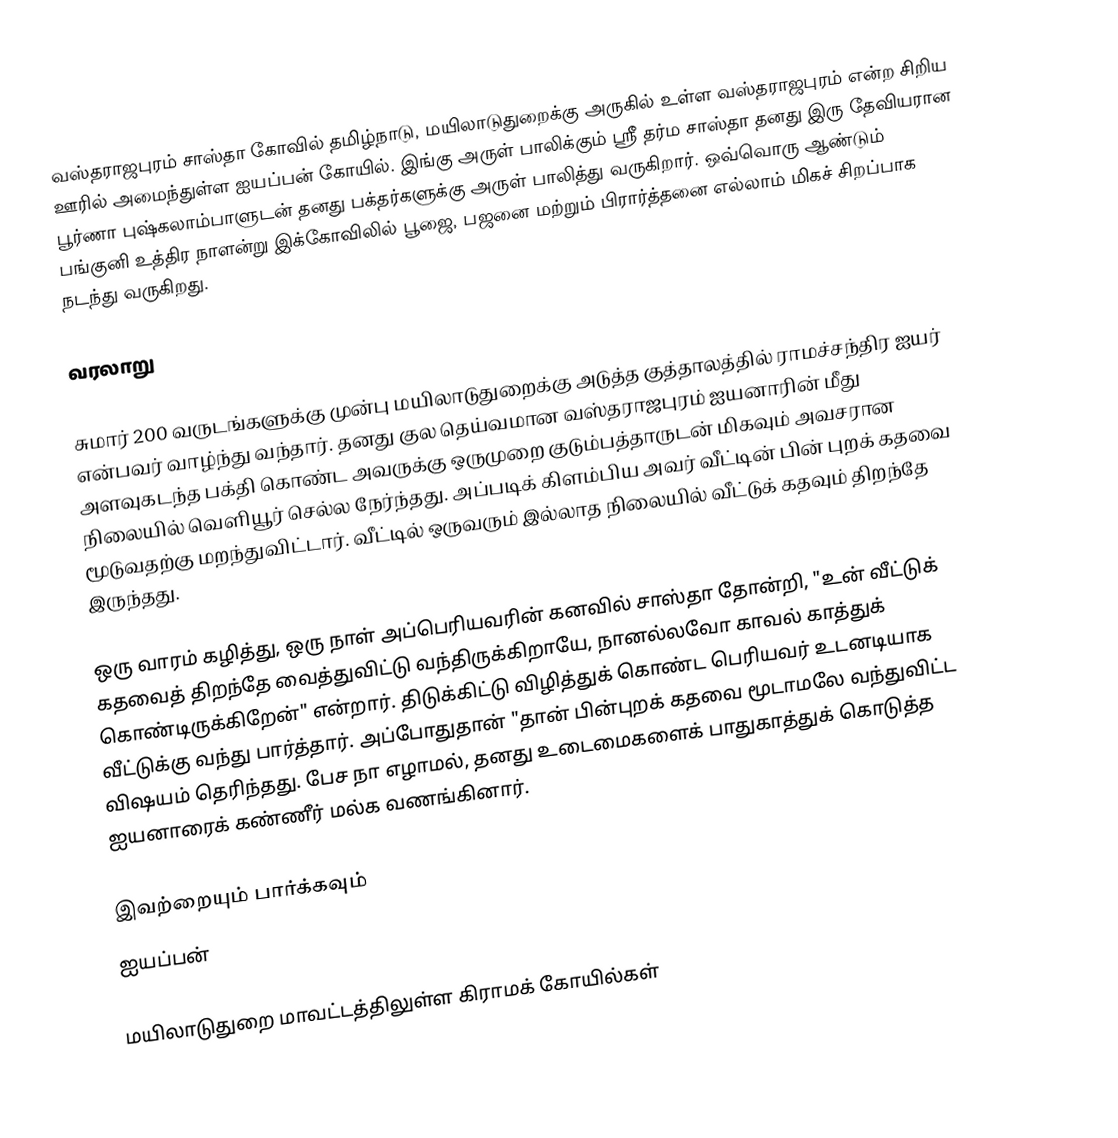
வஸ்தராஜபுரம் சாஸ்தா கோவில் தமிழ்நாடு, மயிலாடுதுறைக்கு அருகில் உள்ள வஸ்தராஜபுரம் என்ற சிறிய ஊரில் அமைந்துள்ள ஐயப்பன் கோயில். இங்கு அருள் பாலிக்கும் ஸ்ரீ தர்ம சாஸ்தா தனது இரு தேவியரான பூர்ணா புஷ்கலாம்பாளுடன் தனது பக்தர்களுக்கு அருள் பாலித்து வருகிறார். ஒவ்வொரு ஆண்டும் பங்குனி உத்திர நாளன்று இக்கோவிலில் பூஜை, பஜனை மற்றும் பிரார்த்தனை எல்லாம் மிகச் சிறப்பாக நடந்து வருகிறது.

வரலாறு

சுமார் 200 வருடங்களுக்கு முன்பு மயிலாடுதுறைக்கு அடுத்த குத்தாலத்தில் ராமச்சந்திர ஐயர் என்பவர் வாழ்ந்து வந்தார். தனது குல தெய்வமான வஸ்தராஜபுரம் ஐயனாரின் மீது அளவுகடந்த பக்தி கொண்ட அவருக்கு ஒருமுறை குடும்பத்தாருடன் மிகவும் அவசரான நிலையில் வெளியூர் செல்ல நேர்ந்தது. அப்படிக் கிளம்பிய அவர் வீட்டின் பின் புறக் கதவை மூடுவதற்கு  மறந்துவிட்டார். வீட்டில் ஒருவரும் இல்லாத நிலையில் வீட்டுக் கதவும் திறந்தே இருந்தது.

ஒரு வாரம் கழித்து, ஒரு நாள் அப்பெரியவரின் கனவில் சாஸ்தா தோன்றி, "உன் வீட்டுக் கதவைத் திறந்தே வைத்துவிட்டு வந்திருக்கிறாயே, நானல்லவோ காவல் காத்துக் கொண்டிருக்கிறேன்" என்றார்.  திடுக்கிட்டு விழித்துக் கொண்ட பெரியவர் உடனடியாக வீட்டுக்கு வந்து பார்த்தார். அப்போதுதான் "தான் பின்புறக் கதவை மூடாமலே வந்துவிட்ட விஷயம் தெரிந்தது. பேச நா எழாமல், தனது உடைமைகளைக் பாதுகாத்துக் கொடுத்த ஐயனாரைக் கண்ணீர் மல்க வணங்கினார்.

இவற்றையும் பார்க்கவும்
 ஐயப்பன்

மயிலாடுதுறை மாவட்டத்திலுள்ள கிராமக் கோயில்கள்